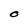
Character: O